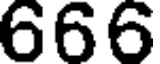
666